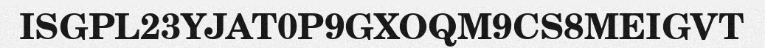
ISGPL23YJAT0P9GXOQM9CS8MEIGVT